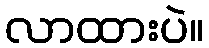
လာထားပဲ။